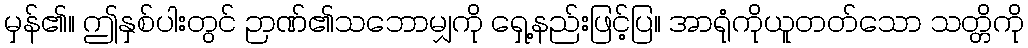
မှန်၏။ ဤနှစ်ပါးတွင် ဉာဏ်၏သဘောမျှကို ရှေ့နည်းဖြင့်ပြ။ အာရုံကိုယူတတ်သော သတ္တိကို